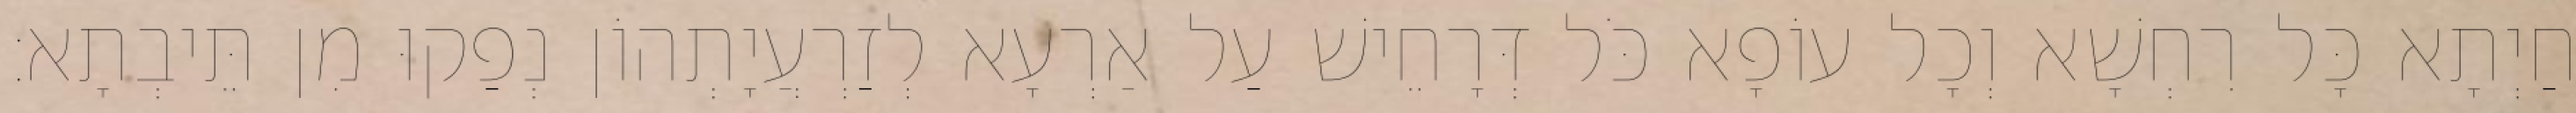
חַיְתָא כָּל רִחְשָׁא וְכָל עוֹפָא כֹּל דְּרָחֵישׁ עַל אַרְעָא לְזַרְעֲיָתְהוֹן נְפַקוּ מִן תֵּיבְתָא׃